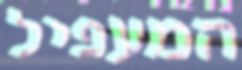
המעפיל